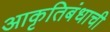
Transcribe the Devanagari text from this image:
आकृतिबंधाची